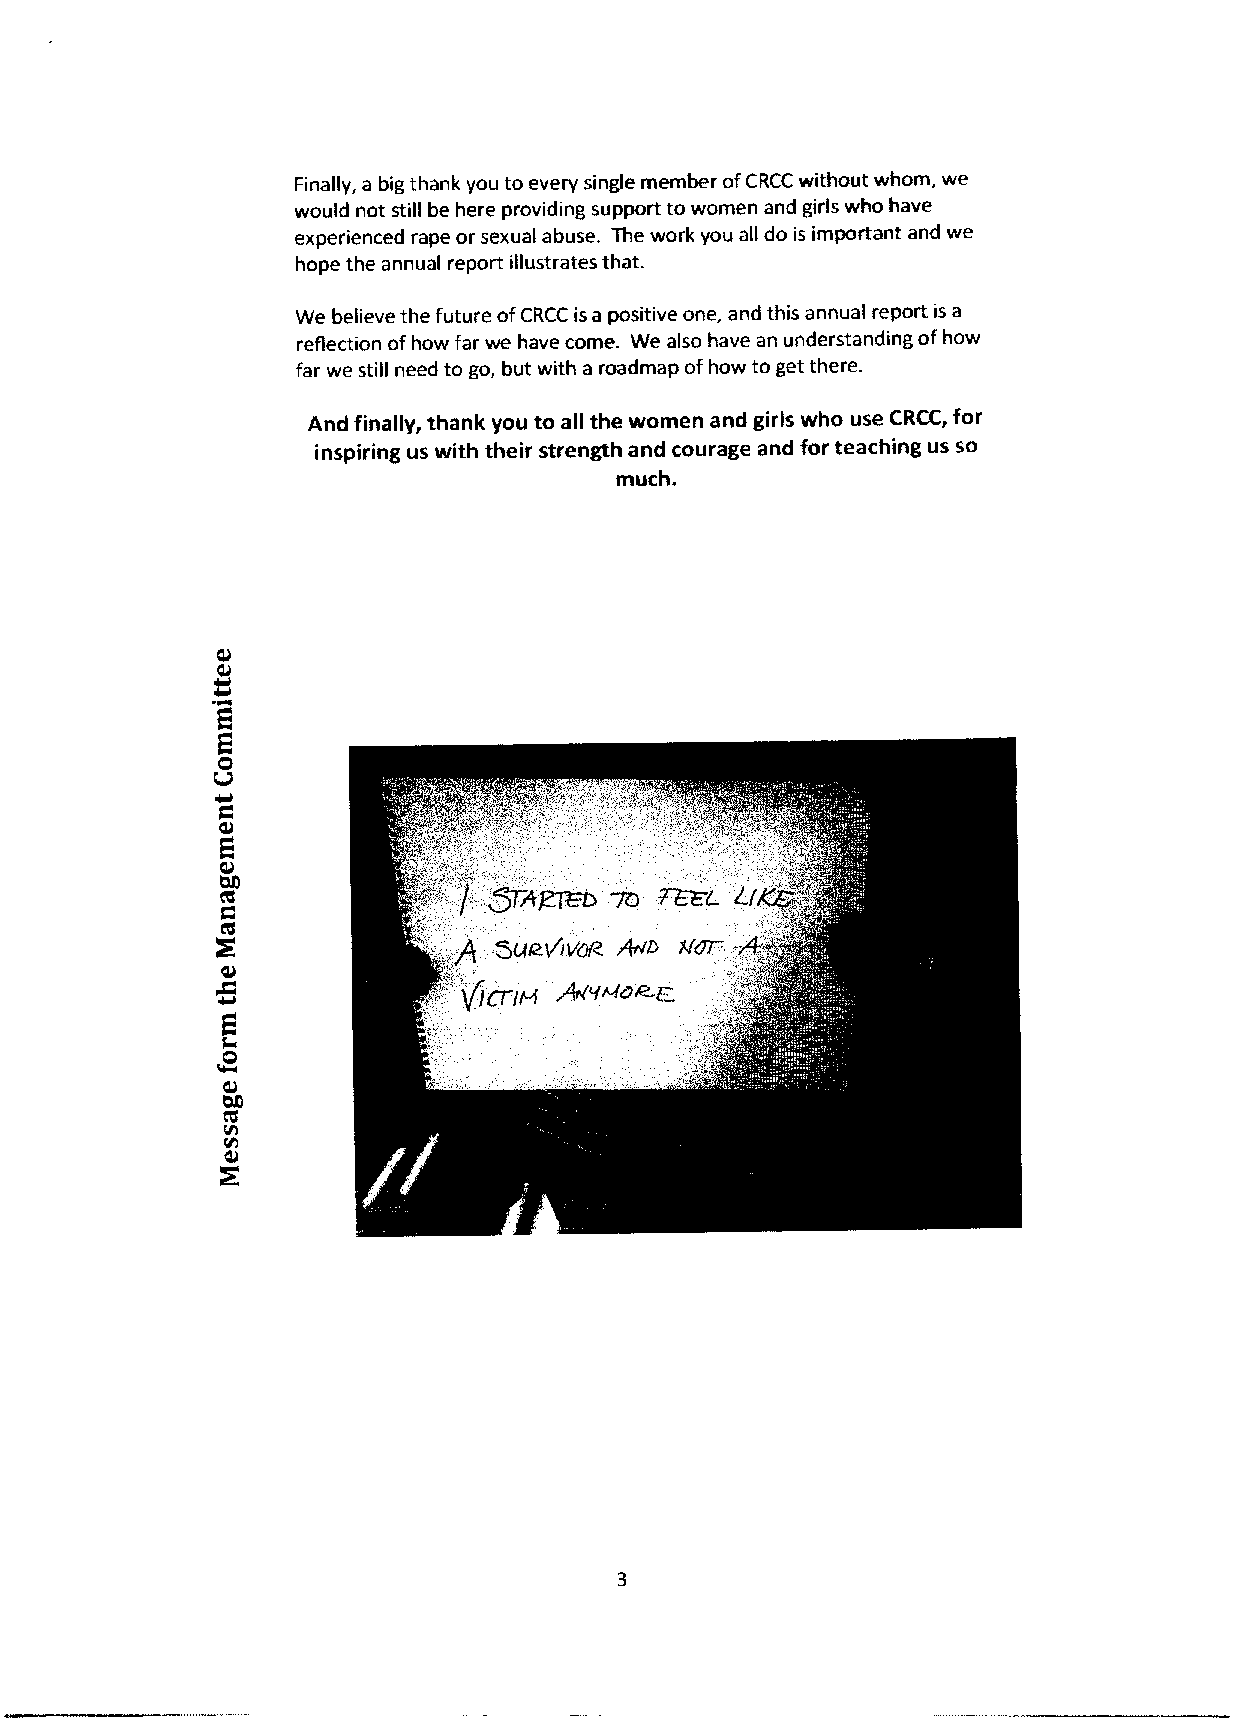
Finally, a big thank you to every single member ofCRCC without whom, we
 would not still be here providing support to women and girls who have
 experienced rape or sexual abuse. The work you all do is important and we
 hope the annual report illustrates that.
 We believe the Future ofCRCC isa positive one, and this annual report is a
 reflection ofhow far we have come. We also have an understanding ofhow
 far we still need to go, but with a roadmap ofhow to get there.
 And finally, thank you to all the women and girls who use CRCC, for
 inspiring us with their strength and courage and for teaching us so
 much.